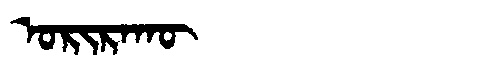
Manchu: ᠣᡵᡳᡵᠠᡴᡡ
Romanization: ORIRAKŪ